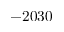
- 2 0 3 0